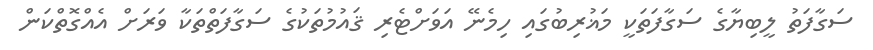
ސަގާފަތު ލީބިޔާގެ ސަގާފަތަކީ މަޣުރިބުގައި ހިމެނޭ އަވަށްޓެރި ޤައުމުތަކުގެ ސަގާފަތްތަކާ ވަރަށް އެއްގޮތްކަން